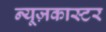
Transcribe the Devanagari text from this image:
न्यूज़कास्टर